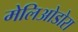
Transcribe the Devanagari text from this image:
मेलिओडोरा